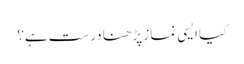
کیا ایسی نماز پڑھنا درست ہے؟